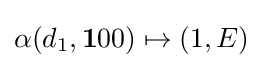
\alpha (d_{1},\mathbf {1} 00)\mapsto (1,E)